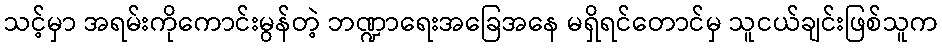
သင့်မှာ အရမ်းကိုကောင်းမွန်တဲ့ ဘဏ္ဍာရေးအခြေအနေ မရှိရင်တောင်မှ သူငယ်ချင်းဖြစ်သူက